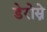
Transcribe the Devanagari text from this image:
डेरोस्ने